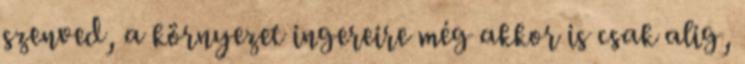
szenved, a környezet ingereire még akkor is csak alig,